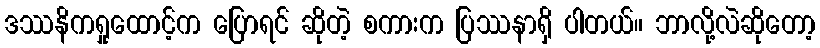
ဒဿနိကရှုထောင့်က ပြောရင် ဆိုတဲ့ စကားက ပြဿနာရှိ ပါတယ်။ ဘာလို့လဲဆိုတော့